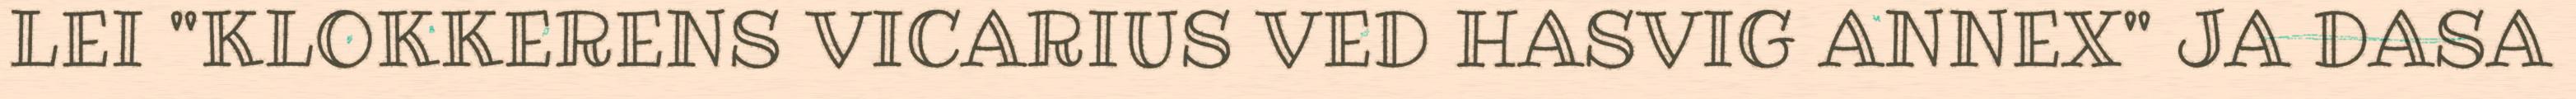
LEI "KLOKKERENS VICARIUS VED HASVIG ANNEX" JA DASA